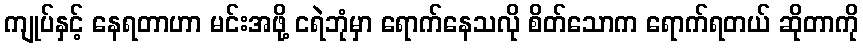
ကျုပ်နှင့် နေရတာဟာ မင်းအဖို့ ငရဲဘုံမှာ ရောက်နေသလို စိတ်သောက ရောက်ရတယ် ဆိုတာကို